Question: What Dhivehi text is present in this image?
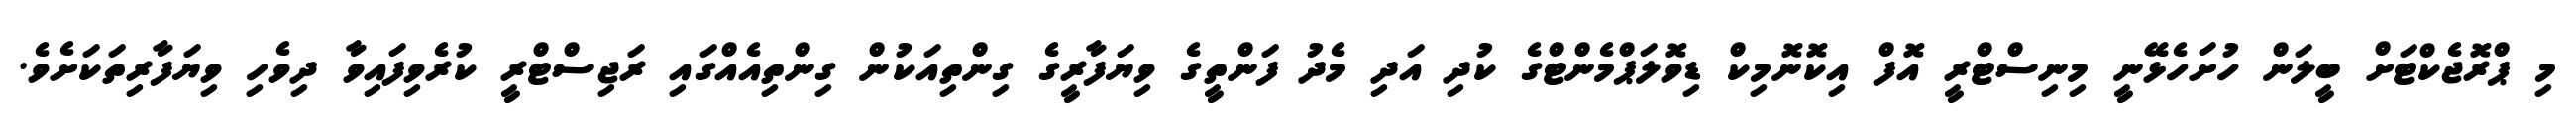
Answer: މި ޕްރޮޖެކްޓަށް ބީލަން ހުށަހެޅޭނީ މިނިސްޓްރީ އޮފް އިކޮނޮމިކް ޑިވޮލަޕްމެންޓްގެ ކުދި އަދި މެދު ފަންތީގެ ވިޔަފާރީގެ ގިންތިއަކުން ގިންތިއެއްގައި ރަޖިސްޓްރީ ކުރެވިފައިވާ ދިވެހި ވިޔަފާރިތަކަށެވެ.